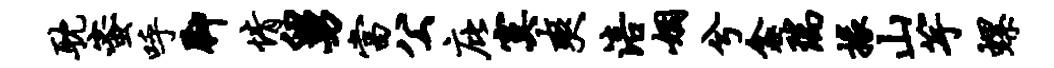
耽蜜呼脚情舅当公庇寞爽涪姻兮衾瑞掾山竽螺